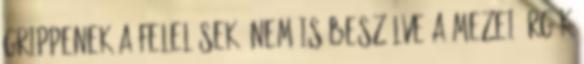
Grippenek a felelősek, nem is beszélve a mezei ürgék